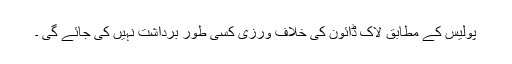
پولیس کے مطابق لاک ڈائون کی خلاف ورزی کسی طور برداشت نہیں کی جائے گی ۔